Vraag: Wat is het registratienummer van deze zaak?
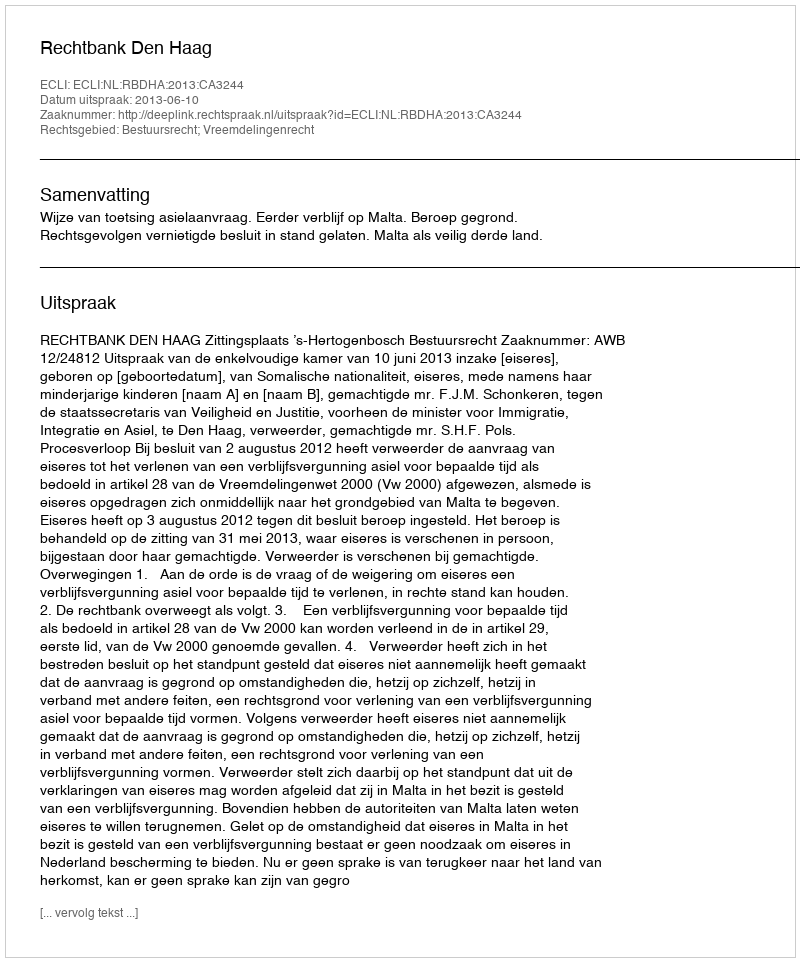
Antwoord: http://deeplink.rechtspraak.nl/uitspraak?id=ECLI:NL:RBDHA:2013:CA3244